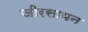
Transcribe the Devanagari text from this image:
जीरसायन